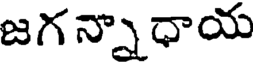
జగన్నాధాయ